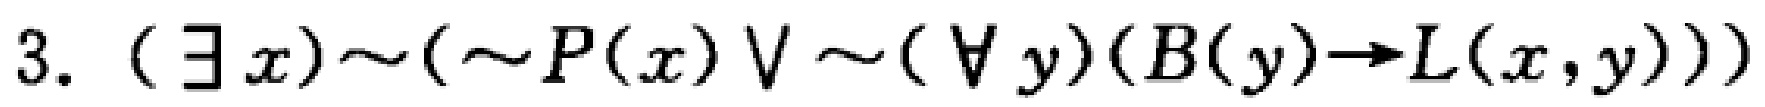
$3. \ (\exists x)\sim(\sim P(x)\vee\sim(\forall y)(B(y)\to L(x,y)))$